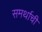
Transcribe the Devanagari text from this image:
समर्थाची